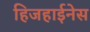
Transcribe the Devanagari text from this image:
हिजहाईनेस